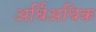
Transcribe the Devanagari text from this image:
अर्धिअधिक